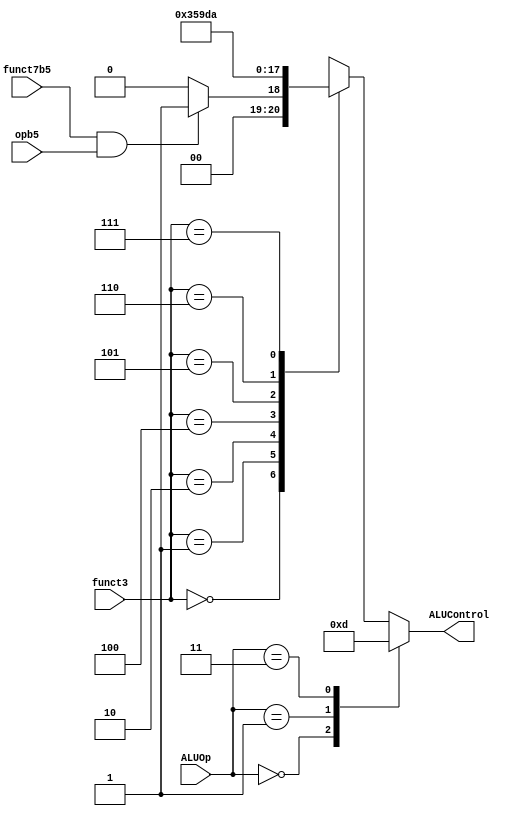

// alu_decoder.v - logic for ALU decoder

module alu_decoder (
    input            opb5,
    input [2:0]      funct3,
    input            funct7b5,
    input [1:0]      ALUOp,
    output reg [2:0] ALUControl
);

always @(*) begin
    case (ALUOp)
        2'b00: ALUControl = 3'b000;             // addition
        2'b01: ALUControl = 3'b001;             // subtraction
        2'b11: ALUControl = 3'b101;             // branch
        default:
            case (funct3) // R-type or I-type ALU
                3'b000: begin
                    // True for R-type subtract
                    if   (funct7b5 & opb5) ALUControl = 3'b001; //sub
                    else ALUControl = 3'b000; // add, addi
                end
                3'b001:  ALUControl = 3'b110; // sll, slli
                3'b010:  ALUControl = 3'b101; // slt, slti
                3'b100:  ALUControl = 3'b100; // xor, xori
                3'b101:  ALUControl = 3'b111; // srl, sra, srli, srai
                3'b110:  ALUControl = 3'b011; // or, ori
                3'b111:  ALUControl = 3'b010; // and, andi
                default: ALUControl = 3'bxxx; // ???
            endcase
    endcase
end

endmodule